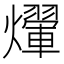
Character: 𤑱